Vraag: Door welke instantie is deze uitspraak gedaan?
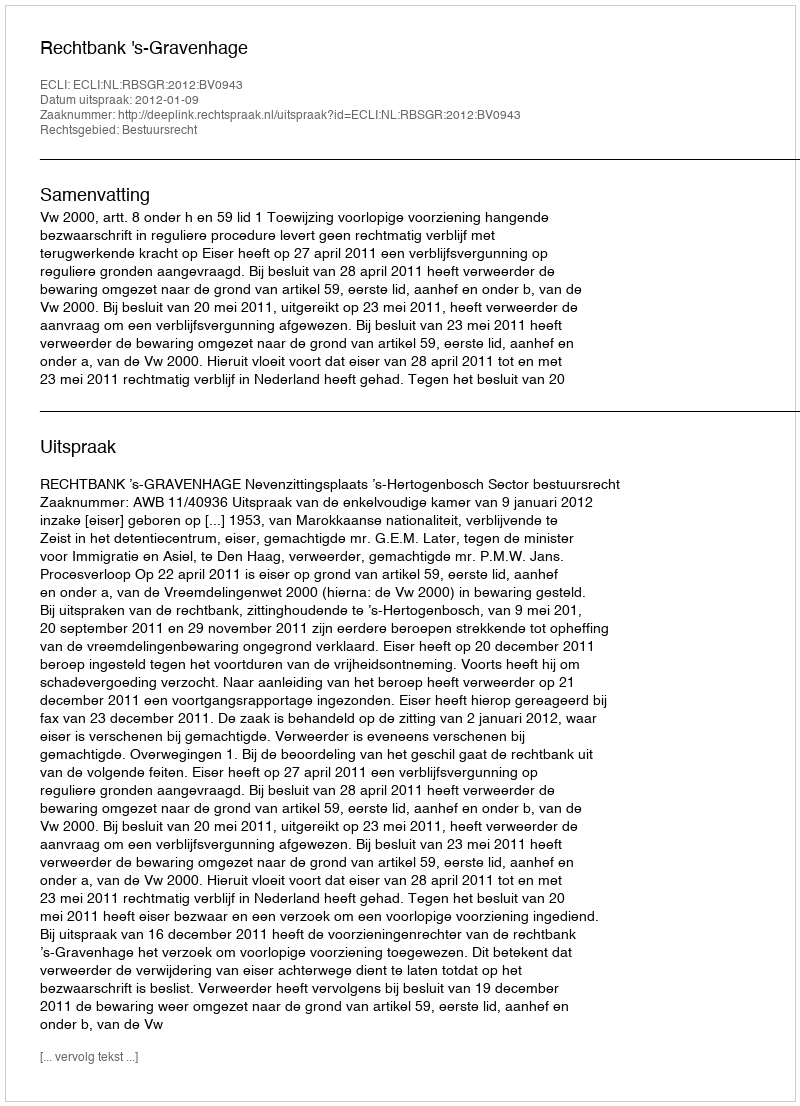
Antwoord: Rechtbank 's-Gravenhage